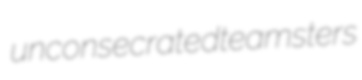
unconsecrated teamsters